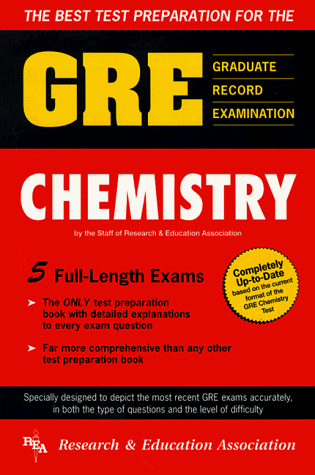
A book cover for The Best Test Preparation for the GRE Chemistry Test; Staff of Research and Education Association; Test Preparation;